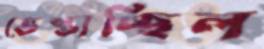
ভেস্তাচ্ছিল